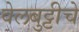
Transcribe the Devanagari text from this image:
वेलबुट्टीचे